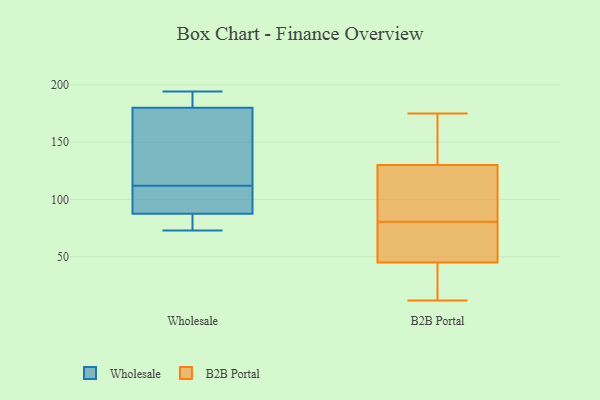
{"axis": {"x": "Customer Acquisition Cost (USD)", "y": "Value"}, "legend": ["B2B Portal", "Wholesale"], "data": [{"x": "", "y": 172, "type": "Wholesale"}, {"x": "", "y": 194, "type": "Wholesale"}, {"x": "", "y": 109, "type": "Wholesale"}, {"x": "", "y": 80, "type": "Wholesale"}, {"x": "", "y": 139, "type": "Wholesale"}, {"x": "", "y": 192, "type": "Wholesale"}, {"x": "", "y": 115, "type": "Wholesale"}, {"x": "", "y": 88, "type": "Wholesale"}, {"x": "", "y": 73, "type": "Wholesale"}, {"x": "", "y": 95, "type": "Wholesale"}, {"x": "", "y": 87, "type": "Wholesale"}, {"x": "", "y": 188, "type": "Wholesale"}, {"x": "", "y": 113, "type": "B2B Portal"}, {"x": "", "y": 175, "type": "B2B Portal"}, {"x": "", "y": 42, "type": "B2B Portal"}, {"x": "", "y": 45, "type": "B2B Portal"}, {"x": "", "y": 117, "type": "B2B Portal"}, {"x": "", "y": 27, "type": "B2B Portal"}, {"x": "", "y": 150, "type": "B2B Portal"}, {"x": "", "y": 76, "type": "B2B Portal"}, {"x": "", "y": 12, "type": "B2B Portal"}, {"x": "", "y": 143, "type": "B2B Portal"}, {"x": "", "y": 158, "type": "B2B Portal"}, {"x": "", "y": 50, "type": "B2B Portal"}, {"x": "", "y": 45, "type": "B2B Portal"}, {"x": "", "y": 33, "type": "B2B Portal"}, {"x": "", "y": 72, "type": "B2B Portal"}, {"x": "", "y": 100, "type": "B2B Portal"}, {"x": "", "y": 87, "type": "B2B Portal"}, {"x": "", "y": 85, "type": "B2B Portal"}, {"x": "", "y": 160, "type": "B2B Portal"}, {"x": "", "y": 47, "type": "B2B Portal"}]}